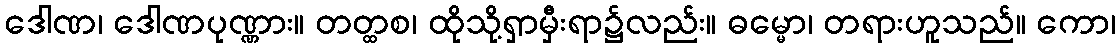
ဒေါဏ၊ ဒေါဏပုဏ္ဏား။ တတ္ထစ၊ ထိုသို့ရှာမှီးရာ၌လည်း။ ဓမ္မော၊ တရားဟူသည်။ ကော၊